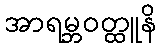
အာရမ္ဘဝတ္ထူနိ